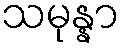
သမုန္နာ